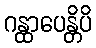
ဂန္ထာပေန္တိပိ